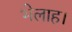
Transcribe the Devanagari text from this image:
भेलाह।